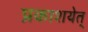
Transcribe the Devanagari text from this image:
प्रकाशयेत्